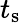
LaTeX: t_{\mathrm{s}}